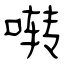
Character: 啭